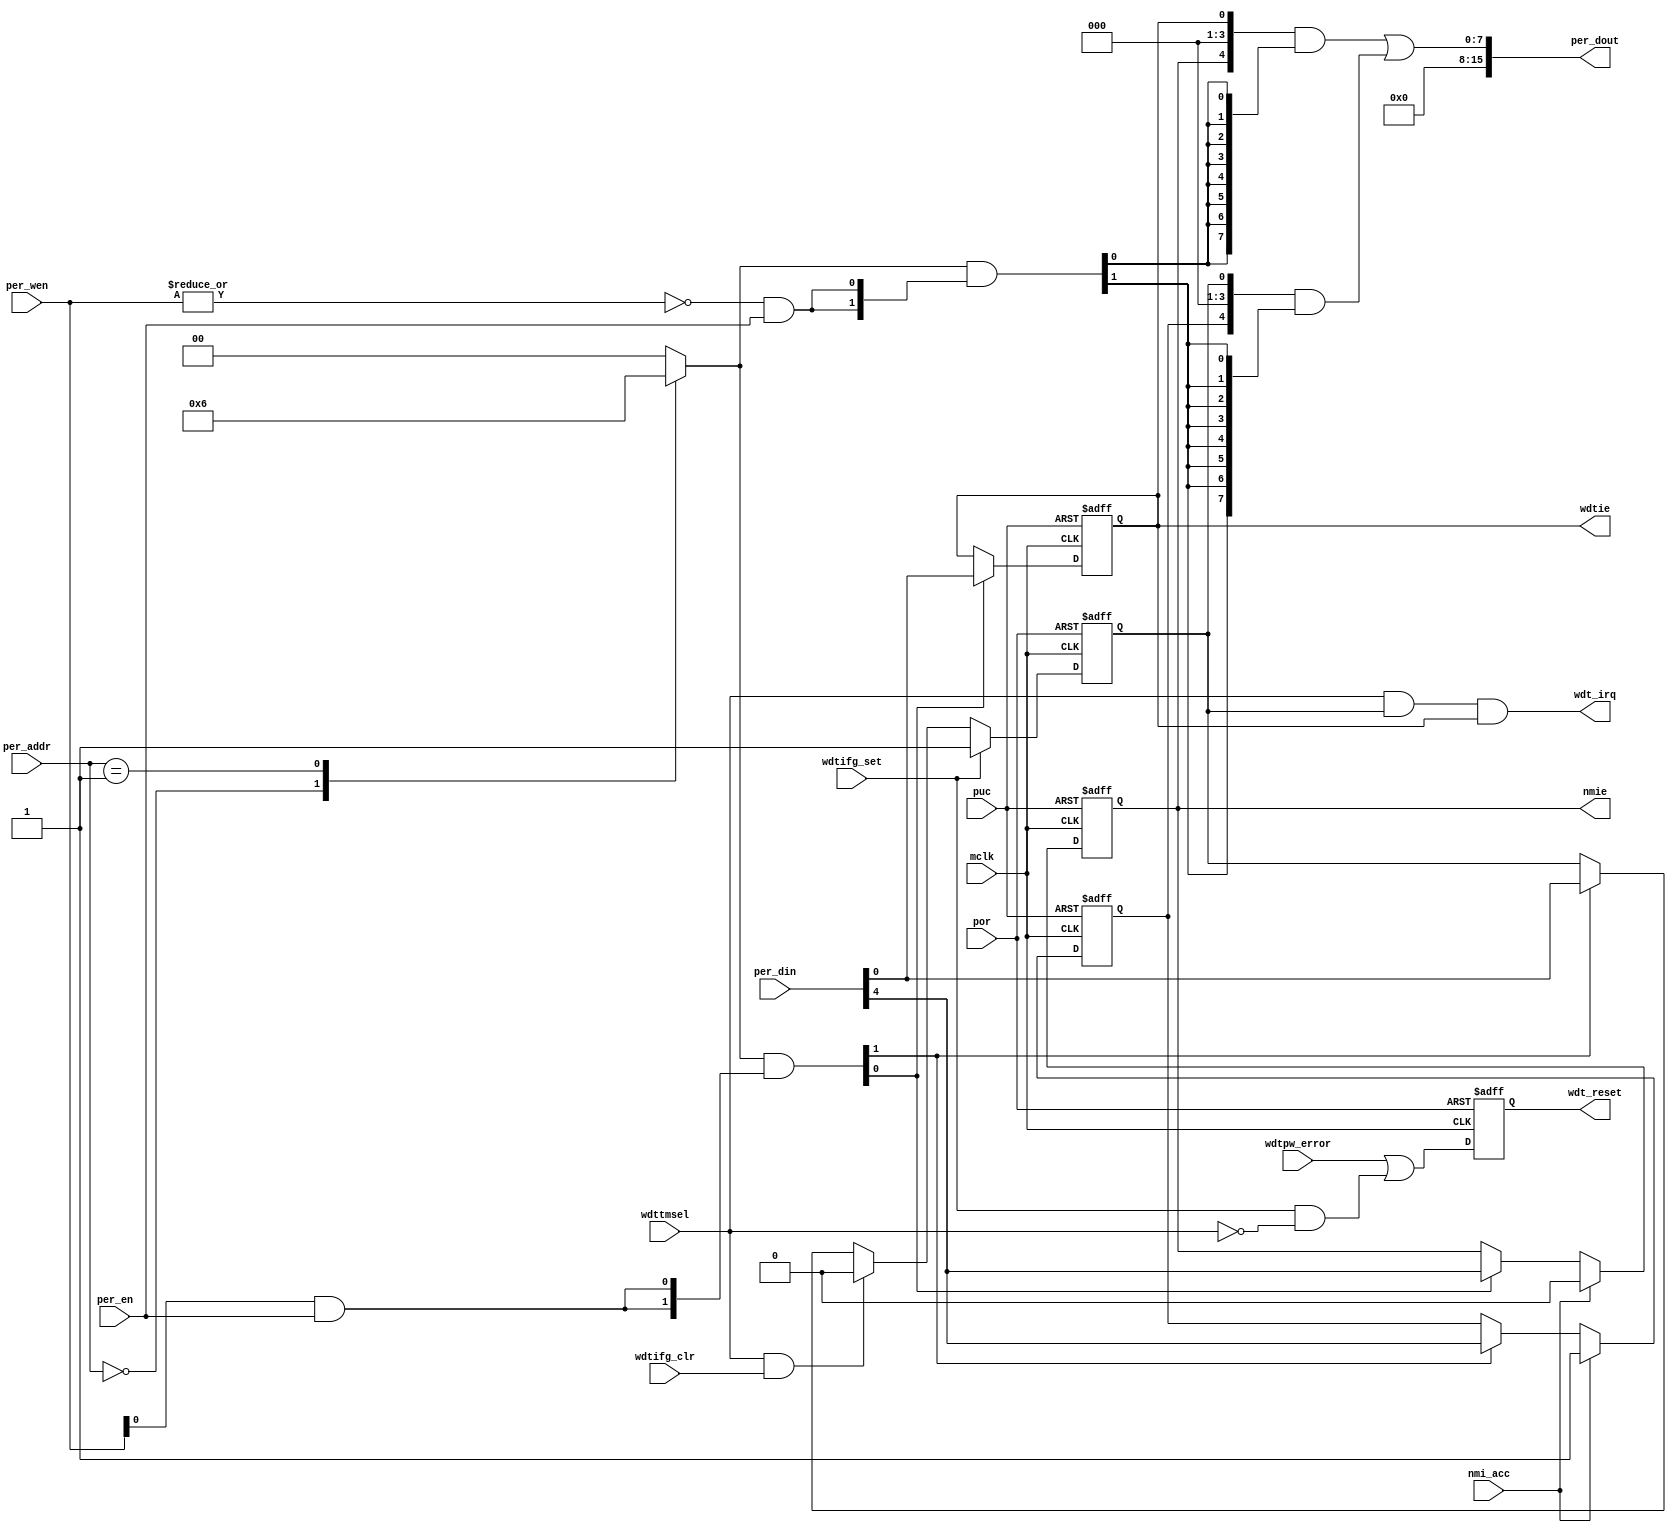
module  omsp_sfr (
    nmie,                         
    per_dout,                     
    wdt_irq,                      
    wdt_reset,                    
    wdtie,                        
    mclk,                         
    nmi_acc,                      
    per_addr,                     
    per_din,                      
    per_en,                       
    per_wen,                      
    por,                          
    puc,                          
    wdtifg_clr,                   
    wdtifg_set,                   
    wdtpw_error,                  
    wdttmsel                      
);
output              nmie;         
output       [15:0] per_dout;     
output              wdt_irq;      
output              wdt_reset;    
output              wdtie;        
input               mclk;         
input               nmi_acc;      
input         [7:0] per_addr;     
input        [15:0] per_din;      
input               per_en;       
input         [1:0] per_wen;      
input               por;          
input               puc;          
input               wdtifg_clr;   
input               wdtifg_set;   
input               wdtpw_error;  
input               wdttmsel;     
parameter           IE1        = 9'h000;
parameter           IFG1       = 9'h002;
parameter           IE1_D      = (256'h1 << (IE1  /2));
parameter           IFG1_D     = (256'h1 << (IFG1 /2)); 
reg  [255:0]  reg_dec; 
always @(per_addr)
  case (per_addr)
    (IE1  /2):     reg_dec  =  IE1_D;
    (IFG1 /2):     reg_dec  =  IFG1_D;
    default  :     reg_dec  =  {256{1'b0}};
  endcase
wire         reg_lo_write =  per_wen[0] & per_en;
wire         reg_hi_write =  per_wen[1] & per_en;
wire         reg_read     = ~|per_wen   & per_en;
wire [255:0] reg_hi_wr    = reg_dec & {256{reg_hi_write}};
wire [255:0] reg_lo_wr    = reg_dec & {256{reg_lo_write}};
wire [255:0] reg_rd       = reg_dec & {256{reg_read}};
wire [7:0] ie1;
wire       ie1_wr  = IE1[0] ? reg_hi_wr[IE1/2] : reg_lo_wr[IE1/2];
wire [7:0] ie1_nxt = IE1[0] ? per_din[15:8]    : per_din[7:0];
reg        nmie;
always @ (posedge mclk or posedge puc)
  if (puc)          nmie  <=  1'b0;
  else if (nmi_acc) nmie  <=  1'b0; 
  else if (ie1_wr)  nmie  <=  ie1_nxt[4];    
reg        wdtie;
always @ (posedge mclk or posedge puc)
  if (puc)           wdtie <=  1'b0;
  else if (ie1_wr)   wdtie <=  ie1_nxt[0];    
assign  ie1 = {3'b000, nmie, 3'b000, wdtie};
wire [7:0] ifg1;
wire       ifg1_wr  = IFG1[0] ? reg_hi_wr[IFG1/2] : reg_lo_wr[IFG1/2];
wire [7:0] ifg1_nxt = IFG1[0] ? per_din[15:8]     : per_din[7:0];
reg        nmiifg;
always @ (posedge mclk or posedge puc)
  if (puc)           nmiifg <=  1'b0;
  else if (nmi_acc)  nmiifg <=  1'b1;
  else if (ifg1_wr)  nmiifg <=  ifg1_nxt[4];
reg        wdtifg;
always @ (posedge mclk or posedge por)
  if (por)                        wdtifg <=  1'b0;
  else if (wdtifg_set)            wdtifg <=  1'b1;
  else if (wdttmsel & wdtifg_clr) wdtifg <=  1'b0;
  else if (ifg1_wr)               wdtifg <=  ifg1_nxt[0];
assign  ifg1 = {3'b000, nmiifg, 3'b000, wdtifg};
wire [15:0] ie1_rd   = (ie1  & {8{reg_rd[IE1/2]}})  << (8 & {4{IE1[0]}});
wire [15:0] ifg1_rd  = (ifg1 & {8{reg_rd[IFG1/2]}}) << (8 & {4{IFG1[0]}});
wire [15:0] per_dout =  ie1_rd   |
                        ifg1_rd;
wire    wdt_irq      = wdttmsel & wdtifg & wdtie;
reg     wdt_reset;
always @ (posedge mclk or posedge por)
  if (por) wdt_reset <= 1'b0;
  else     wdt_reset <= wdtpw_error | (wdtifg_set & ~wdttmsel);
endmodule